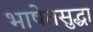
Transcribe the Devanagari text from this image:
भाषेतसुद्धा